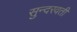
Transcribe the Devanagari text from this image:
सुन्दरवती